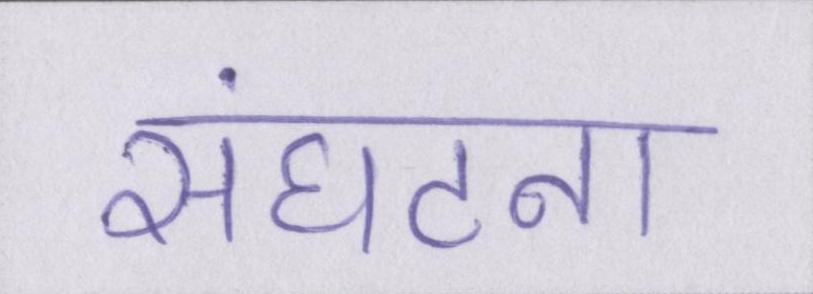
संघटना